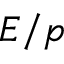
E / p